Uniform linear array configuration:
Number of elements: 16
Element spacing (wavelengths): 0.5
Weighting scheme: hamming
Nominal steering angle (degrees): -15
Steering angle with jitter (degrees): -14.418
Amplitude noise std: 0.05
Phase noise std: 0.05

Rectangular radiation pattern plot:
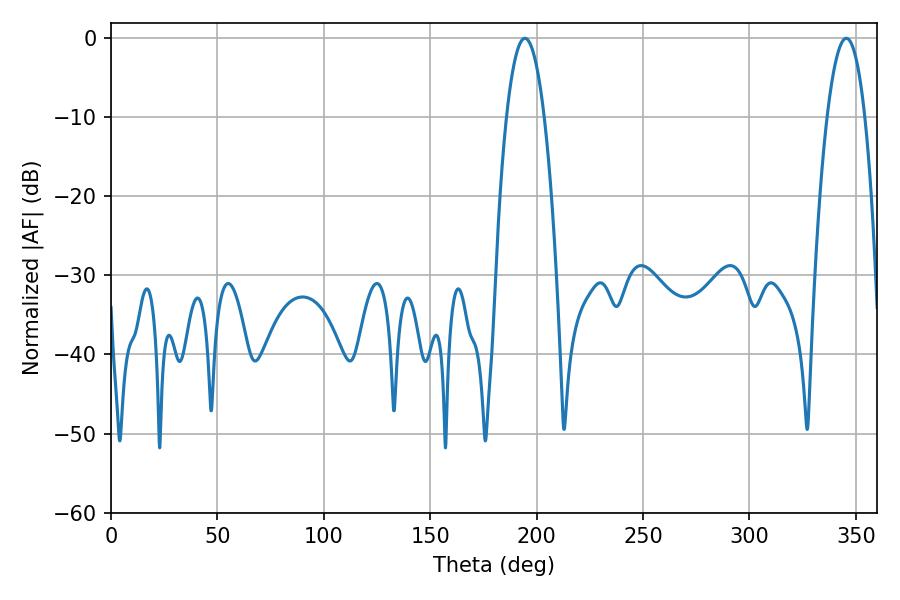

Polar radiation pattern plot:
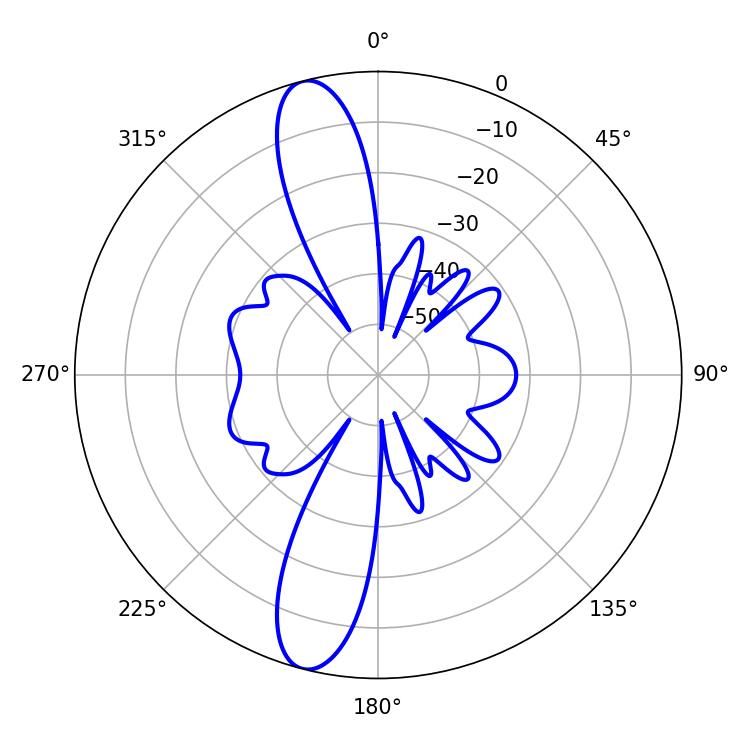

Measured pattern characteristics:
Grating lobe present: FALSE
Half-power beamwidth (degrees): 9.72
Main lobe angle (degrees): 194.58